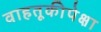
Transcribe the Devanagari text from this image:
वाहतूकीपेक्षा